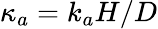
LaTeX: \kappa_{a}=k_{a}H/D